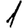
Digit: 1